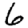
Digit: 6